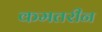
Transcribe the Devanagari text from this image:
कमतरीन